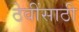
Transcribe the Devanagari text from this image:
ठेवींसाठी